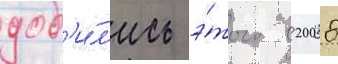
доб'и́л'ись э́того в 2008